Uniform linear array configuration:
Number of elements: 12
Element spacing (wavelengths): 0.25
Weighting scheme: cosine
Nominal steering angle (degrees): -60
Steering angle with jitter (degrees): -59.464
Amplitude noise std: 0.05
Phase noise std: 0.05

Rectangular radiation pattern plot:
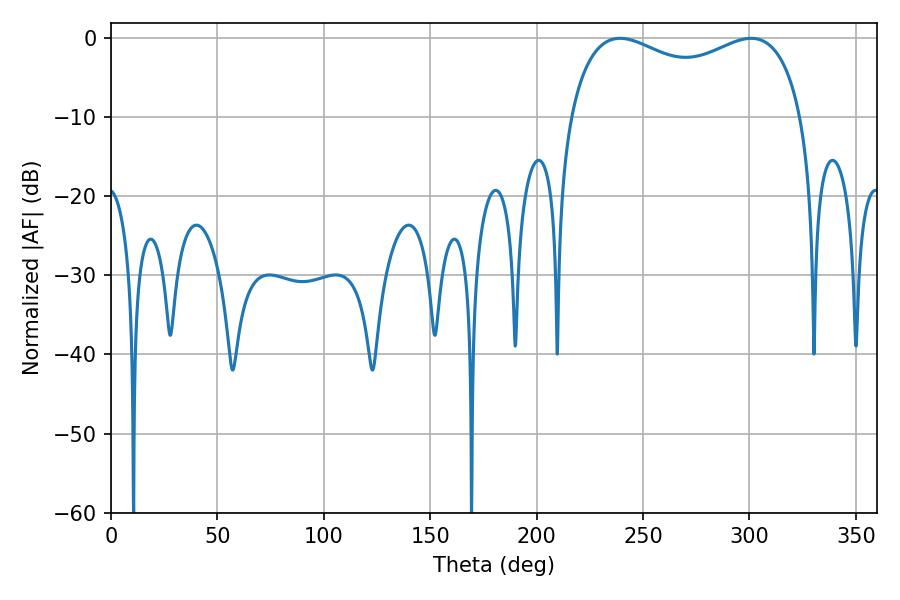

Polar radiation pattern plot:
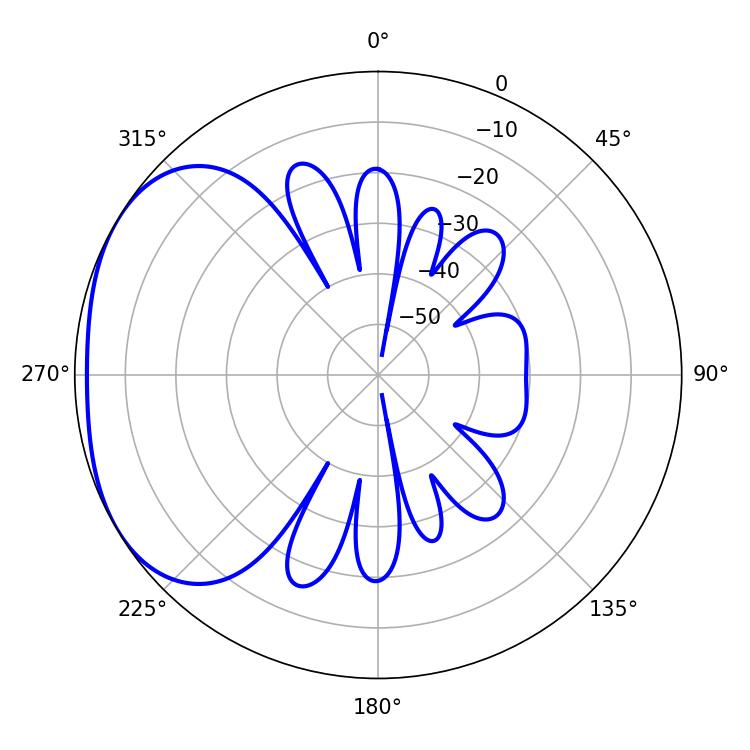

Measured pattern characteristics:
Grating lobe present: FALSE
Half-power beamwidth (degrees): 90.72
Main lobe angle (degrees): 239.22